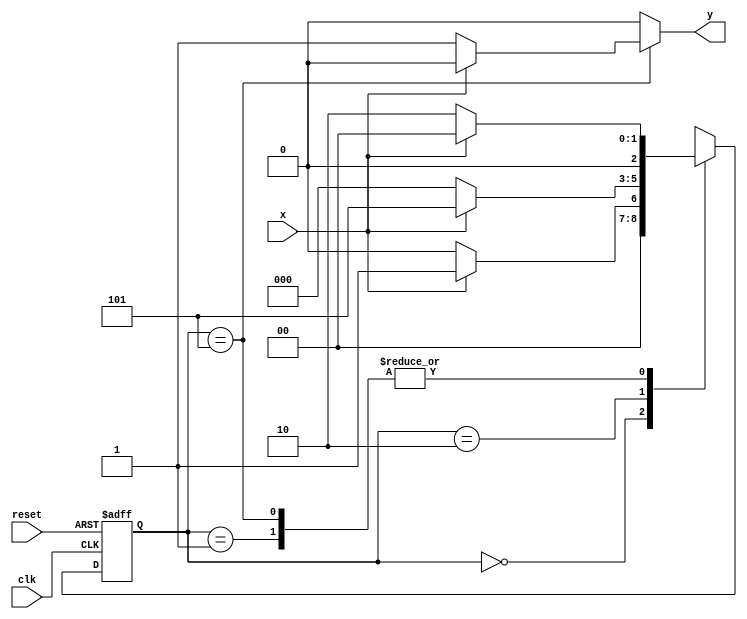
//Nome: Isabella Gonales
//Matrcula: 420120



// ---------------------------
// -------Mealy Exercicio 04 -------
// ---------------------------


// constant definitions
`define found    1
`define notfound 0


module seq1010_mealy ( y, x, clk, reset );
 output y;
 input  x;
 input  clk;
 input  reset;

 reg    y;

 parameter
   start  = 2'b00,
   id1    = 2'b01,
   id10   = 2'b10,
   id101  = 3'b101;

   reg [2:0] E1;
   reg [2:0] E2;


   always @( x or E1 )
    begin
     y = `notfound;
     case ( E1 )
      start:
        if ( x )
         E2 = id1;
        else
         E2 = start;
      id1:
        if ( x )
         E2 = start;
        else
         E2 = id10;
      id10:
        if ( x )
         E2 = id101;
        else
         E2 = start;
      id101:
        if ( x )
	 begin
	   E2 =  start;
	   y  = `notfound;
	 end
	else
	 begin
	   E2 =  id10;
	   y  = `found;
	 end
      default:
           E2 =  2'bxx;
     endcase
    end 


   always @( posedge clk or negedge reset )
    begin
     if ( reset )
      E1 = E2;
     else
      E1 = 0;
    end // always at signal changing

endmodule // seq1010_mealy

module seq1010_test;
 reg   clk, reset, x;
 wire  m1, m2;

 seq1010_mealy mealy1 ( m1, x, clk, reset );

 initial
  begin
   $display ( "Time     X   Mealy Moore" );

// initial values
       clk   = 1;
       reset = 0;
       x     = 0;

// input signal changing
  #5   reset = 1;
  #10  x = 1;
  #10  x = 0;
  #10  x = 1;
  #10  x = 0;
  #10  x = 1;
  #10  x = 1;
  #10  x = 0;
  #10  x = 1;

  #30 $finish;
 end // initial

 always
  #5 clk = ~clk;

 always @( posedge clk )
  begin
   $display ( "%4d  %4b  %4b", $time, x, m1 );
	
  end
endmodule